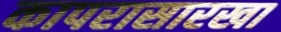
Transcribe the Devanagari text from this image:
कापरासारखा